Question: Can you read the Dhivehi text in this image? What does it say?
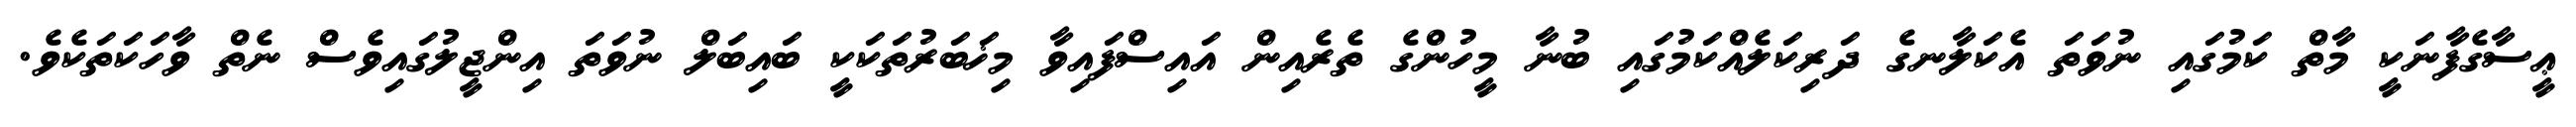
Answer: ޢީސާގެފާނަކީ މާތް ކަމުގައި ނުވަތަ އެކަލާނގެ ދަރިކަލެއްކަމުގައި ބުނާ މީހުންގެ ތެރެއިން އައިސްފައިވާ މިޚަބަރުތަކަކީ ބައިބަލް ނުވަތަ އިންޖީލުގައިވެސް ނެތް ވާހަކަތަކެވެ.